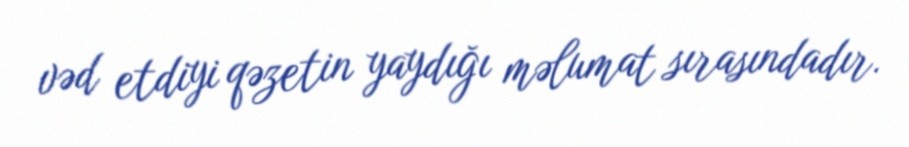
vəd etdiyi qəzetin yaydığı məlumat sırasındadır.